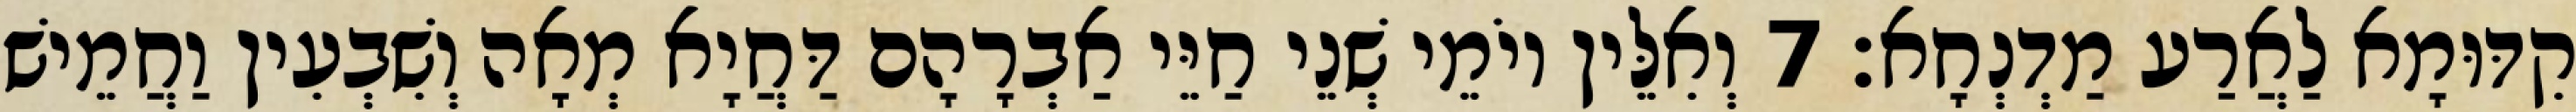
קִדּוּמָא לַאֲרַע מַדְנְחָא׃ 7 וְאִלֵּין יוֹמֵי שְׁנֵי חַיֵּי אַבְרָהָם דַּחֲיָא מְאָה וְשִׁבְעִין וַחֲמֵישׁ